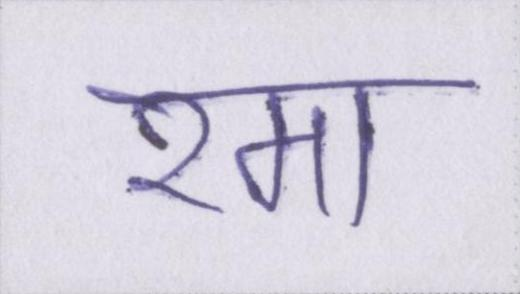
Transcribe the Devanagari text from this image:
रमा